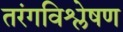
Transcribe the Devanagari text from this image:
तरंगविश्लेषण